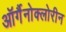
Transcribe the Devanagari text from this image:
ऑर्गैनोक्लोरीन